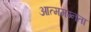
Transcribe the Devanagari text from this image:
आत्ममग्नता